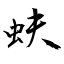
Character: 蚨